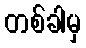
တစ်ခါမှ